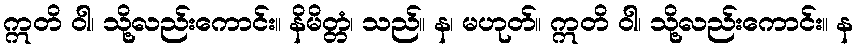
ဣတိ ဝါ၊ သို့လည်းကောင်း။ နိမိတ္တံ၊ သည်။ န၊ မဟုတ်။ ဣတိ ဝါ၊ သို့လည်းကောင်း။ န